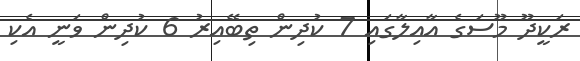
ރަކީދޫ މޫސަގެ އާއިލާގައި 7 ކުދިން ތިބޭއިރު 6 ކުދިން ވަނީ އެކި